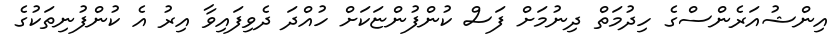
އިންޝުއަރެންސްގެ ހިދުމަތް ދިނުމަށް ފަސް ކުންފުންޏަކަށް ހުއްދަ ދެވިފައިވާ އިރު އެ ކުންފުނިތަކުގެ